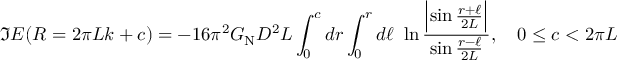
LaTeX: \Im E ( R = 2 \pi L k + c ) = - 1 6 \pi ^ { 2 } G _ { \mathrm { N } } D ^ { 2 } L \int _ { 0 } ^ { c } d r \int _ { 0 } ^ { r } d \ell \ \ln { \frac { \Bigl | \sin { \frac { r + \ell } { 2 L } } \Bigr | } { \sin { \frac { r - \ell } { 2 L } } } } , \quad 0 \le c < 2 \pi L